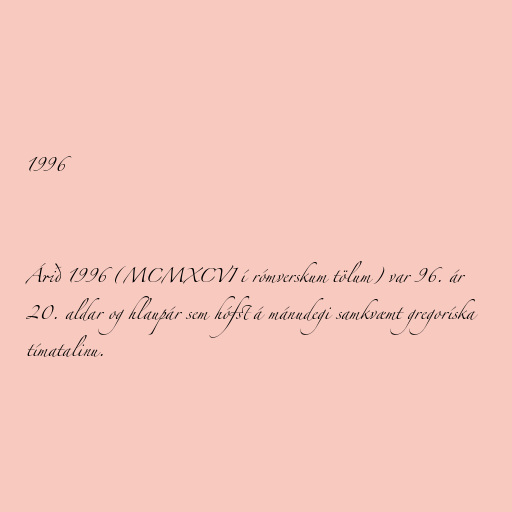
1996

Árið 1996 (MCMXCVI í rómverskum tölum) var 96. ár
20. aldar og hlaupár sem hófst á mánudegi samkvæmt gregoríska
tímatalinu.